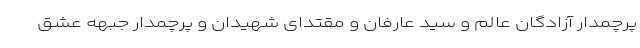
پرچمدار آزادگان عالم و سید عارفان و مقتدای شهیدان و پرچمدار جبهه عشق